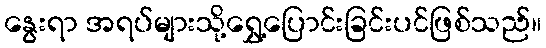
နွေးရာ အရပ်များသို့ရွှေ့ပြောင်းခြင်းပင်ဖြစ်သည်။